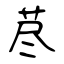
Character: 荩